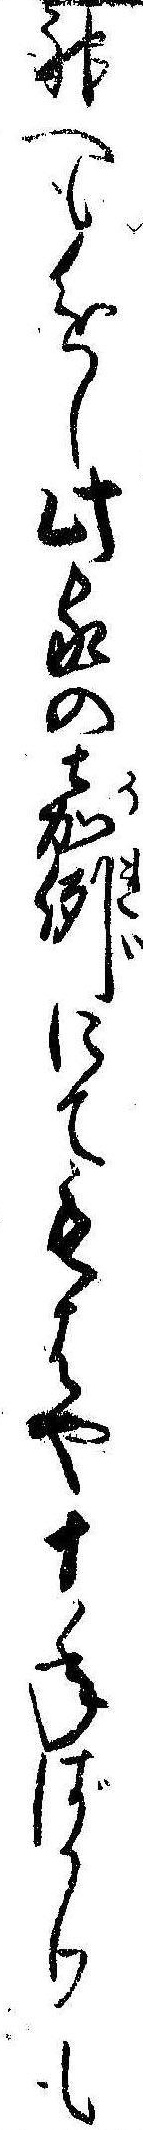
神へも進し此家の嘉例にてもはや十年ばかりも